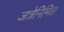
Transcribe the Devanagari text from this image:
जत्रेनिमित्त